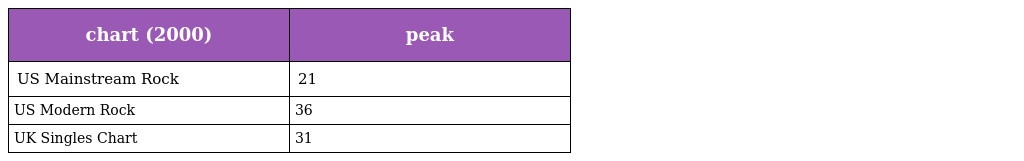
| chart (2000) | peak |
 | --- | --- |
 | US Mainstream Rock | 21 |
 | US Modern Rock | 36 |
 | UK Singles Chart | 31 |